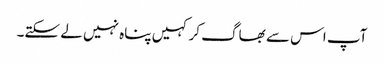
آپ اس سے بھاگ کر کہیں پناہ نہیں لے سکتے۔